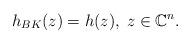
LaTeX: \begin{align*}h_{BK}(z)=h(z),\; z\in\mathbb C^n. \end{align*}